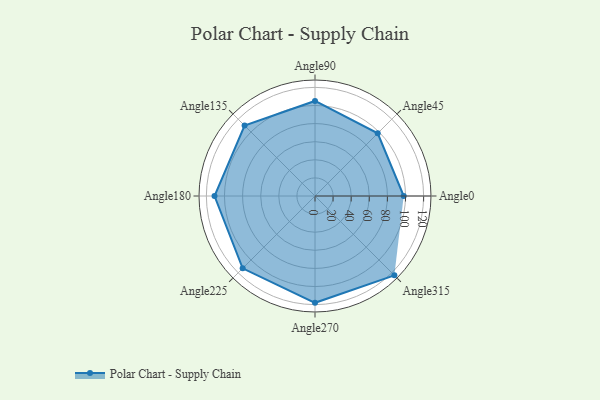
{"axis": {"x": "Angle", "y": "Radius"}, "legend": [""], "data": [{"x": "Angle0", "y": 98.0, "type": ""}, {"x": "Angle45", "y": 98.0, "type": ""}, {"x": "Angle90", "y": 105.0, "type": ""}, {"x": "Angle135", "y": 110.0, "type": ""}, {"x": "Angle180", "y": 111.0, "type": ""}, {"x": "Angle225", "y": 113.0, "type": ""}, {"x": "Angle270", "y": 118.0, "type": ""}, {"x": "Angle315", "y": 124.0, "type": ""}]}